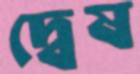
দ্বেষ